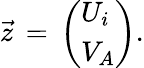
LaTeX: {\vec{z}}\, =\, \left(\begin{array}{l}{{U_{i}}}\\ {{V_{A}}}\end{array}\right).